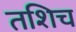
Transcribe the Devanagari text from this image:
तशिच